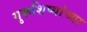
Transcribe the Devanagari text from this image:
गुरूशिष्यांच्या